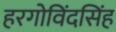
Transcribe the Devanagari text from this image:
हरगोविंदसिंह